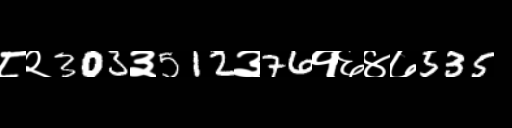
Text: ८२303३512३76१६४७535